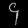
Digit: ၄